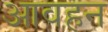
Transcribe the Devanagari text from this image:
आवहन